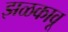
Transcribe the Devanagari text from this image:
झळकावू